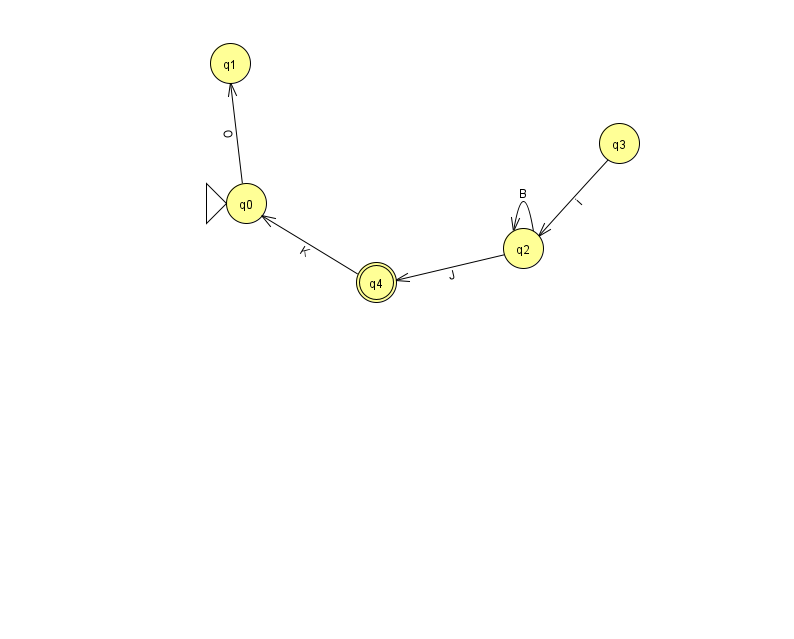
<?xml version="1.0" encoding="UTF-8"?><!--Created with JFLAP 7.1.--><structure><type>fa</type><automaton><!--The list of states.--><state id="0" name="q0"><x>246.0</x><y>190.0</y><initial/></state><state id="1" name="q1"><x>230.0</x><y>50.0</y></state><state id="2" name="q2"><x>523.0</x><y>235.0</y></state><state id="3" name="q3"><x>619.0</x><y>130.0</y></state><state id="4" name="q4"><x>376.0</x><y>269.0</y><final/></state><!--The list of transitions.--><transition><from>2</from><to>2</to><read>B</read></transition><transition><from>2</from><to>4</to><read>J</read></transition><transition><from>0</from><to>1</to><read>O</read></transition><transition><from>4</from><to>0</to><read>K</read></transition><transition><from>3</from><to>2</to><read>i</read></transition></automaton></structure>